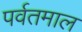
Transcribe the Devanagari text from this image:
पर्वतमाल